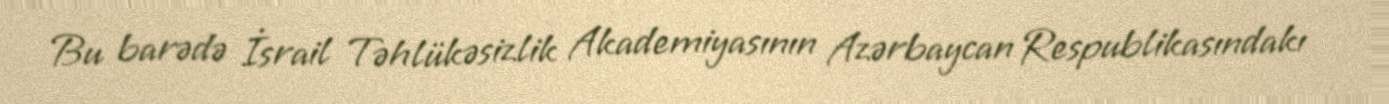
Bu barədə İsrail Təhlükəsizlik Akademiyasının Azərbaycan Respublikasındakı